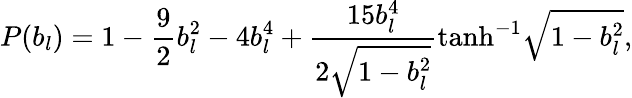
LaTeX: P(b_{l})=1-\frac{9}{2}b_{l}^{2}-4b_{l}^{4}+\frac{15b_{l}^{4}}{2\sqrt{1-b_{l}^{2}}}\mathrm{tanh}^{-1}\sqrt{1-b_{l}^{2}},